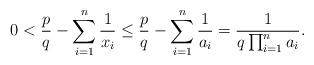
LaTeX: \begin{align*}0 < \frac{p}{q} - \sum_{i=1}^n \frac{1}{x_i} \leq \frac{p}{q} - \sum_{i=1}^n \frac{1}{a_i} = \frac{1}{q\prod_{i=1}^n a_i}. \end{align*}